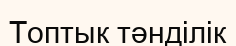
Топтык тәнділік